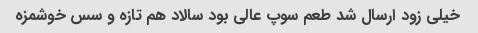
خیلی زود ارسال شد طعم سوپ عالی بود سالاد هم تازه و سس خوشمزه